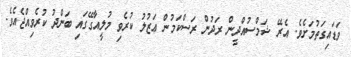
ވަޑައިގަތުމަށެވެ. އެރޭ ޝަމްސުއްދީން ރަދުން ރަސްކަމުން ޢަޒުލު ކުރެވި މުލީއާގޭގައި ބަންދު ކުރެވިއްޖެއެވެ.